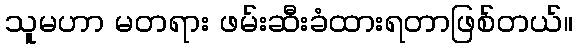
သူမဟာ မတရား ဖမ်းဆီးခံထားရတာဖြစ်တယ်။